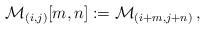
LaTeX: \begin{align*}\mathcal{M}_{(i,j)} [m,n] := \mathcal{M}_{(i+m,j+n)} \, ,\end{align*}